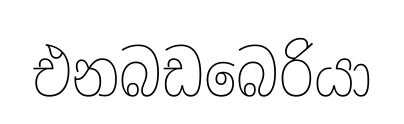
එනබඩබෙරියා